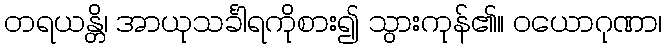
တရယန္တိ၊ အာယုသင်္ခါရကိုစား၍ သွားကုန်၏။ ဝယောဂုဏာ၊